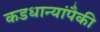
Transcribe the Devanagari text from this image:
कडधान्यांपैकी